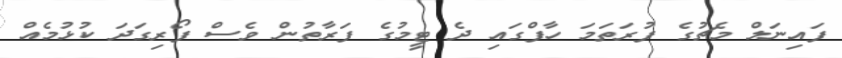
ފައިނަލް މެޗުގެ ފުރަތަމަ ހާފްގައި ދެ ޓީމުގެ ފަރާތުން ވެސް ފޯރިގަދަ ކުޅުމެއް